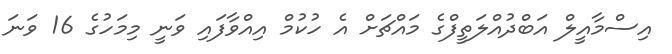
އިސްމާއީލް އަބްދުއްލަތީފްގެ މައްޗަށް އެ ހުކުމް އިއްވާފައި ވަނީ މިމަހުގެ 16 ވަނަ